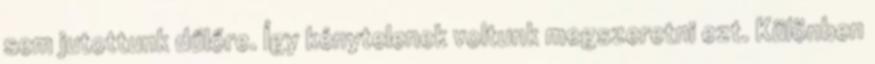
sem jutottunk dűlőre. Így kénytelenek voltunk megszeretni ezt. Különben